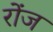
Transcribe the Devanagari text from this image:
रोंज